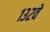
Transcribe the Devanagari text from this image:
१३२वे